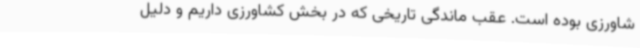
شاورزی بوده است. عقب ماندگی تاریخی که در بخش کشاورزی داریم و دلیل